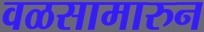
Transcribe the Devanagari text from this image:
वळसामारुन